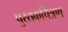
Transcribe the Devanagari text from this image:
पुस्तकचित्रण